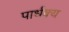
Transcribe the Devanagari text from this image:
पार्धक्य